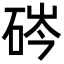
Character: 硶